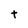
Character: t